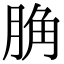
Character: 𦛲